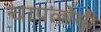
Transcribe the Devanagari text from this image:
चापलोसी